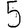
Digit: 5